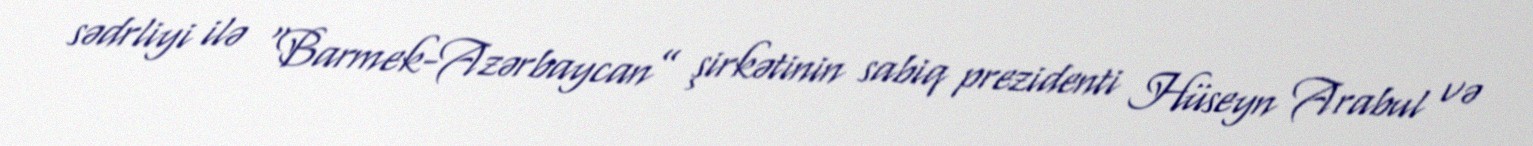
sədrliyi ilə “Barmek-Azərbaycan” şirkətinin sabiq prezidenti Hüseyn Arabul və